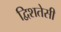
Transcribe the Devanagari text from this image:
द्विशतेसी